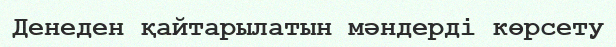
Денеден қайтарылатын мәндерді көрсету